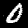
Label: 0